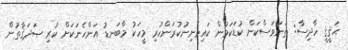
ޙަޤީޤީ ހާދިސާ: ތަނަވަސްކަން ކުޑަކަމުން ކައިވެނިނުކުރަންހުރި މީހަކު މާބަނޑު އަންހެނަކަށް ކުރި ޞަދަޤާތުން